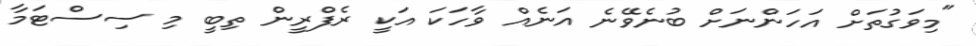
"މިވަގުތަށް އަހަންނަށް ބުނެވޭނެ އަނެއް ވާހަކަ އަކީ ރެފްރީން ތިބީ މި ސިސްޓަމާ